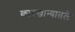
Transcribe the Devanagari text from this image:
कारखान्यातले